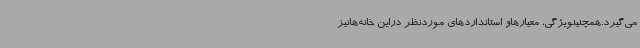
می‌گیرد.همچنینویژگی، معیارهاو استانداردهای موردنظر دراین خانه‌هانیز